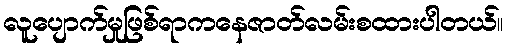
လူပျောက်မှုဖြစ်ရာကနေဇာတ်လမ်းစထားပါတယ်။